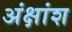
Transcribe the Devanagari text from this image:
अंक्षांश